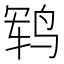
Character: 𱉱